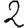
Digit: 2